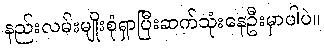
နည်းလမ်းမျိုးစုံရှာပြီးဆက်သုံးနေဦးမှာပါပဲ။